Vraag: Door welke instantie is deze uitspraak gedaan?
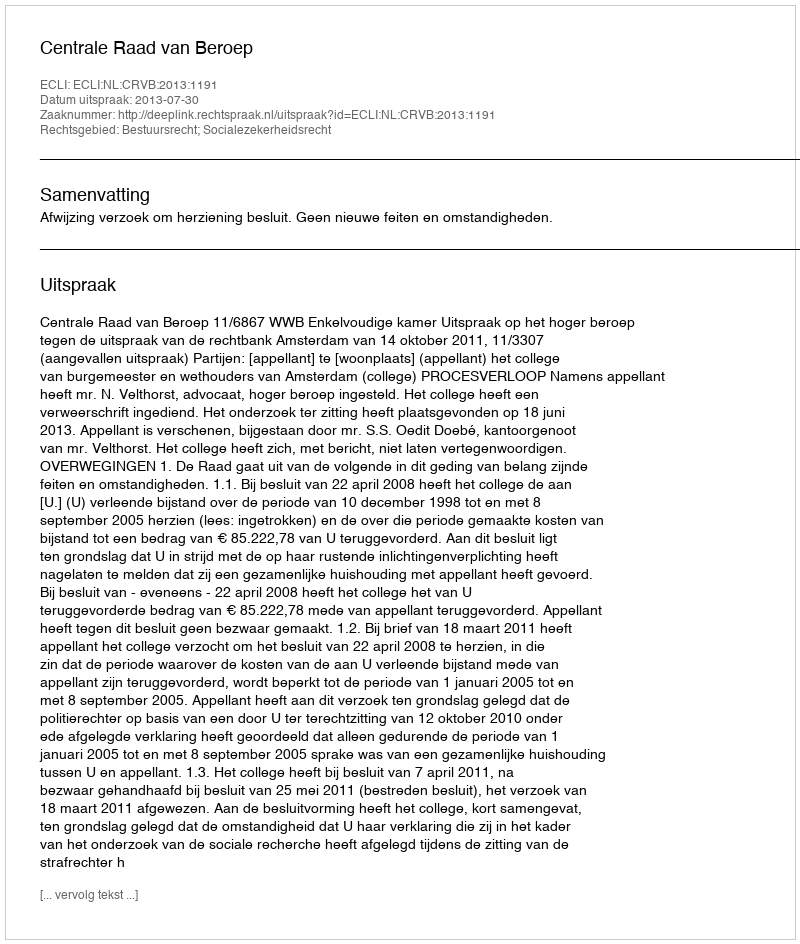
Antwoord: Centrale Raad van Beroep